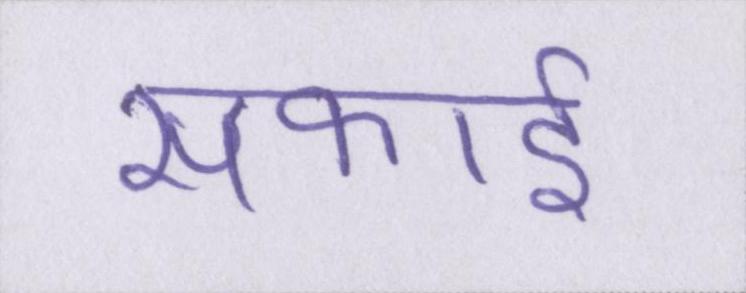
सफाई